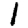
Digit: 1